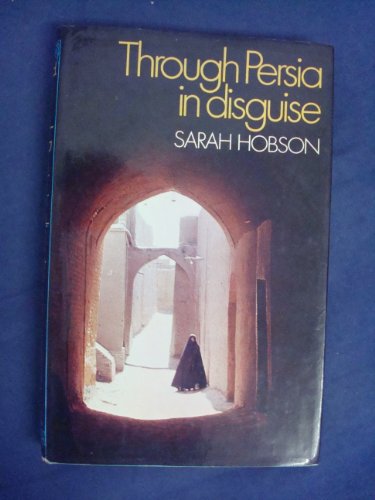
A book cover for Through Persia in Disguise.; Sarah Hobson; Travel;